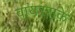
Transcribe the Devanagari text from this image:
वायरसके